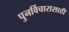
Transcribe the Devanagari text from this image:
पुनर्विचारासाठी